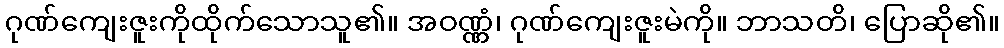
ဂုဏ်ကျေးဇူးကိုထိုက်သောသူ၏။ အဝဏ္ဏံ၊ ဂုဏ်ကျေးဇူးမဲကို။ ဘာသတိ၊ ပြောဆို၏။